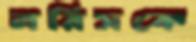
লরিসকে